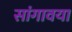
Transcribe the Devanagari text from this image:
सांगावया